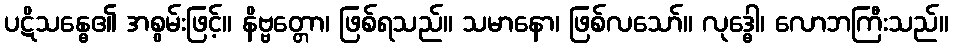
ပဋိသန္ဓေ၏ အစွမ်းဖြင့်။ နိဗ္ဗတ္တော၊ ဖြစ်ရသည်။ သမာနော၊ ဖြစ်လသော်။ လုဒ္ဓေါ၊ လောဘကြီးသည်။